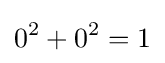
0^{2}+0^{2}=1